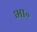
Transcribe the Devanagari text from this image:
भा॰